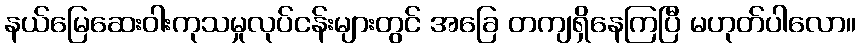
နယ်မြေဆေးဝါးကုသမှုလုပ်ငန်းများတွင် အခြေ တကျရှိနေကြပြီ မဟုတ်ပါလော။